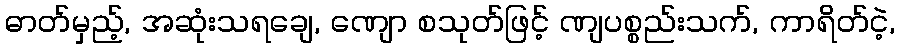
ဓာတ်မှည့်, အဆုံးသရချေ, ဏျော စသုတ်ဖြင့် ဏျပစ္စည်းသက်, ကာရိတ်ငဲ့,